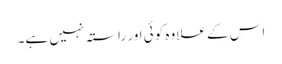
اس کے علاوہ کوئی اور راستہ نہیں ہے۔